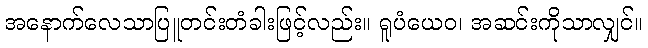
အနောက်လေသာပြူတင်းတံခါးဖြင့်လည်း။ ရူပံယေဝ၊ အဆင်းကိုသာလျှင်။